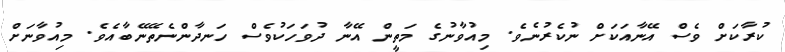
ކުރާކަށް ވެސް އޭނާއަކަށް ނުކެރުނެވެ. މިއުވާނުގެ މަތީން އޭނާ ދުވަހަކުވެސް ހަނދާންނެތޭނޭބާއެވެ. މިއުވާނަށް